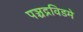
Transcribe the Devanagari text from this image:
पञ्चद्रविडमे